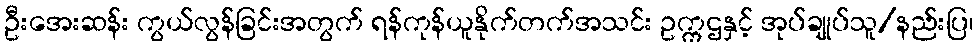
ဦးအေးဆန်း ကွယ်လွန်ခြင်းအတွက် ရန်ကုန်ယူနိုက်တက်အသင်း ဥက္ကဌနှင့် အုပ်ချုပ်သူ/နည်းပြ၊